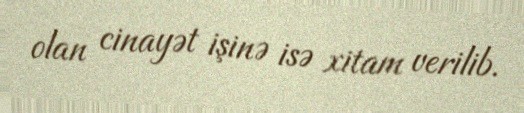
olan cinayət işinə isə xitam verilib.